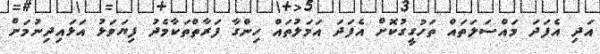
އަދި އެފަދަ މައްސަލަތައް ތަހުގީގުކޮށް އެފަދަ އަމަލުތައް ހިންގާ ފަރާތްތަކާމެދު ފިޔަވަޅު އަޅައިދިނުމަށް